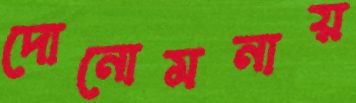
দোনোমনায়